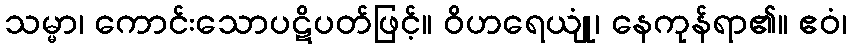
သမ္မာ၊ ကောင်းသောပဋိပတ်ဖြင့်။ ဝိဟရေယျုံ၊ နေကုန်ရာ၏။ ဧဝံ၊